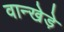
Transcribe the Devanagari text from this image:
वान्खेड़े